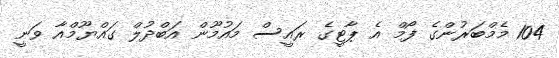
104 މެމްބަރުންގެ ފޯމް އެ ޕާޓީގެ ރައީސް މައުމޫން އަބްދުލް ގައްޔޫމްއާ ވަނީ